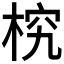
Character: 𣒔